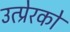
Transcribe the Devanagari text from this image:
उत्प्रेरको